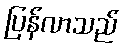
ပြန်လာသည်